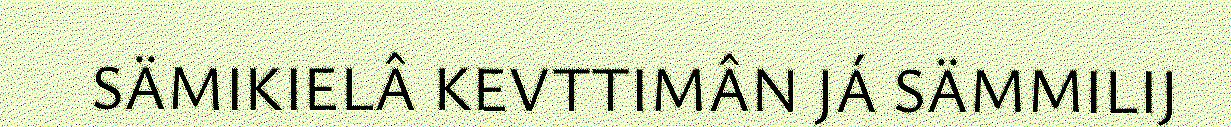
SÄMIKIELÂ KEVTTIMÂN JÁ SÄMMILIJ